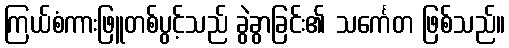
ကြယ်စံကားဖြူတစ်ပွင့်သည် ခွဲခွာခြင်း၏ သင်္ကေတ ဖြစ်သည်။